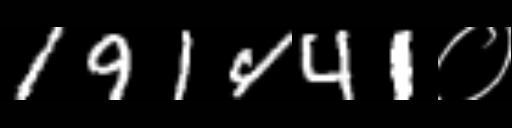
Text: 191441०